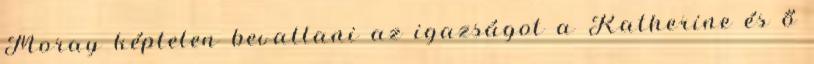
Moray képtelen bevallani az igazságot a Katherine és ő